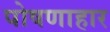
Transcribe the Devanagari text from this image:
पोषणाहार